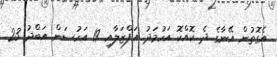
އެގޮތުން އޭނާގެ ދެ ކޮއްކޮ އަހުމަދު އަފްޒަލާއި 19 އަހުސަން އަބްދު 23